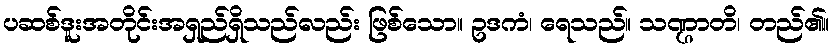
ပဆစ်ဒူးအတိုင်းအရှည်ရှိသည်လည်း ဖြစ်သော။ ဥဒကံ၊ ရေသည်။ သဏ္ဌာတိ၊ တည်၏။